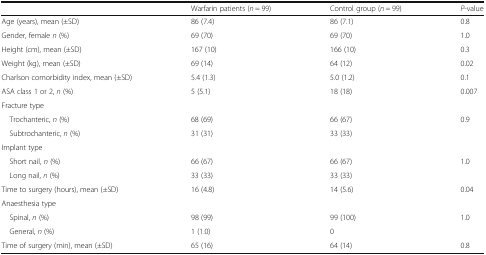
|  | Warfarin patients (n = 99) | Control group (n = 99) | P-value |
 | --- | --- | --- | --- |
 | Age (years), mean (±SD) | 86 (7.4) | 86 (7.1) | 0.8 |
 | Gender, female n (%) | 69 (70) | 69 (70) | 1.0 |
 | Height (cm), mean (±SD) | 167 (10) | 166 (10) | 0.3 |
 | Weight (kg), mean (±SD) | 69 (14) | 64 (12) | 0.02 |
 | Charlson comorbidity index, mean (±SD) | 5.4 (1.3) | 5.0 (1.2) | 0.1 |
 | ASA class 1 or 2, n (%) | 5 (5.1) | 18 (18) | 0.007 |
 | <COLSPAN=4> Fracture type |
 | Trochanteric, n (%) | 68 (69) | 66 (67) | 0.9 |
 | Subtrochanteric, n (%) | 31 (31) | 33 (33) |  |
 | <COLSPAN=4> Implant type |
 | Short nail, n (%) | 66 (67) | 66 (67) | 1.0 |
 | Long nail, n (%) | 33 (33) | 33 (33) |  |
 | Time to surgery (hours), mean (±SD) | 16 (4.8) | 14 (5.6) | 0.04 |
 | <COLSPAN=4> Anaesthesia type |
 | Spinal, n (%) | 98 (99) | 99 (100) | 1.0 |
 | General, n (%) | 1 (1.0) | 0 |  |
 | Time of surgery (min), mean (±SD) | 65 (16) | 64 (14) | 0.8 |